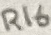
Text: R16